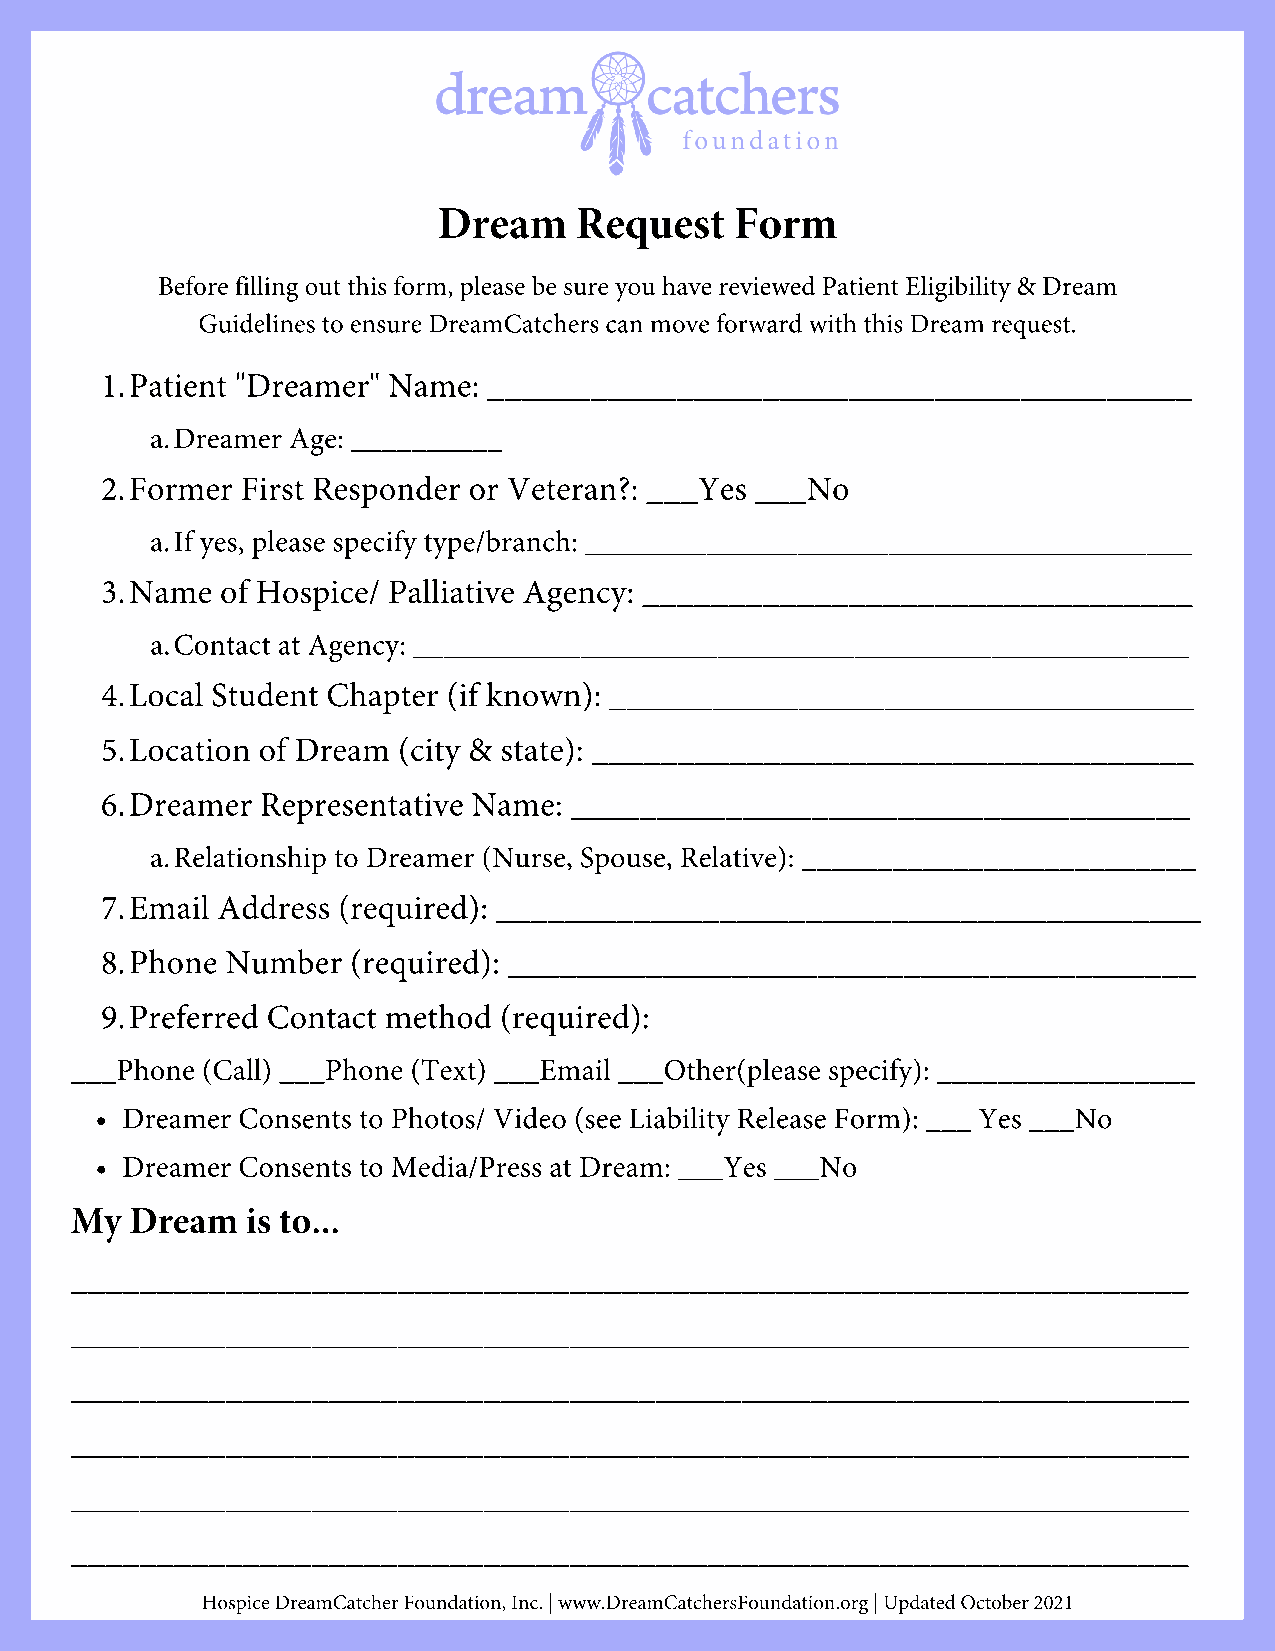
Dream    Request    Form
 Before filling out this form, please be sure you have reviewed Patient Eligibility & Dream
 Guidelines to ensure DreamCatchers can move forward with this Dream request.
 1.Patient "Dreamer" Name: _________________________________________
 a.Dreamer Age: __________
 2.Former First Responder or Veteran?: ___Yes ___No
 a.If yes, please specify type/branch: ________________________________________
 3.Name  of Hospice/ Palliative Agency: ________________________________
 a.Contact at Agency: ___________________________________________________
 4.Local Student Chapter (if known): __________________________________
 5.Location of Dream (city & state): ___________________________________
 6.Dreamer Representative Name: ____________________________________
 a.Relationship to Dreamer (Nurse, Spouse, Relative): __________________________
 7.Email Address (required): _________________________________________
 8.Phone Number  (required): ________________________________________
 9.Preferred Contact method (required):
 ___Phone (Call) ___Phone (Text) ___Email ___Other(please specify): _________________
 Dreamer Consents to Photos/ Video (see Liability Release Form): ___ Yes ___No
 Dreamer Consents to Media/Press at Dream: ___Yes ___No
 My  Dream  is to...
 _________________________________________________________________
 _________________________________________________________________
 _________________________________________________________________
 _________________________________________________________________
 _________________________________________________________________
 _________________________________________________________________
 Hospice DreamCatcher Foundation, Inc. | www.DreamCatchersFoundation.org | Updated October 2021